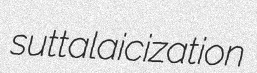
sutta laicization